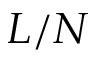
L / N